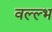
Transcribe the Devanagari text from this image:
वल्ल्भ